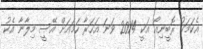
އެކަމަކު ރޮބީނިއޯ އަކީ 2014 ވަނަ އަހަރާ ހަމައަށް އޭސީ މިލާނާ އެކު